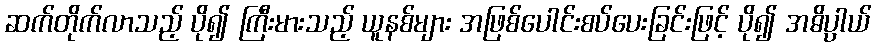
ဆက်တိုက်လာသည့် ပို၍ ကြီးမားသည့် ယူနစ်များ အဖြစ်ပေါင်းစပ်ပေးခြင်းဖြင့် ပို၍ အဓိပ္ပါယ်